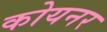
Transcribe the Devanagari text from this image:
कोयनर